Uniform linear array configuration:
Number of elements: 32
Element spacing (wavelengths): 0.5
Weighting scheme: kaiser
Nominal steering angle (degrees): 45
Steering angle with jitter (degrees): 43.636
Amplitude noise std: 0.05
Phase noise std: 0.05

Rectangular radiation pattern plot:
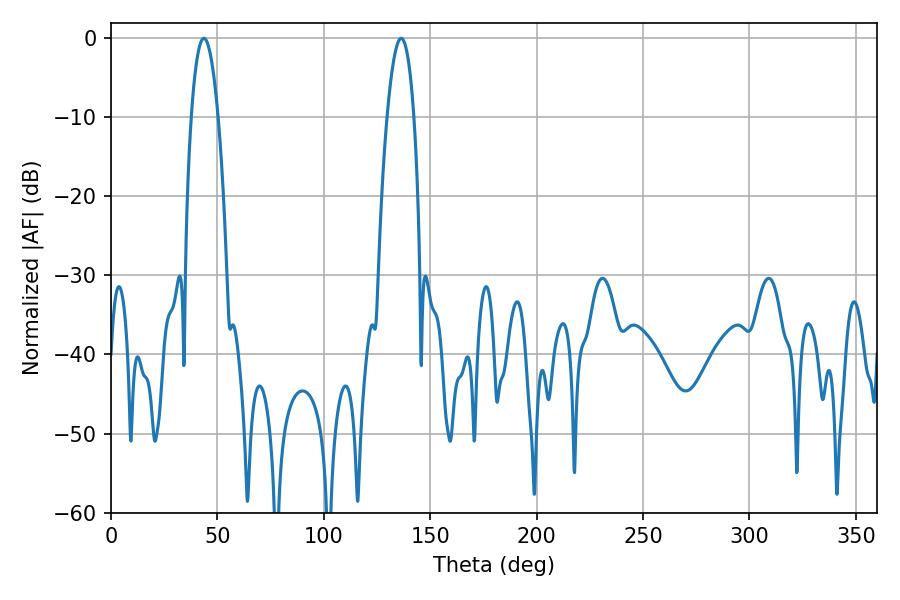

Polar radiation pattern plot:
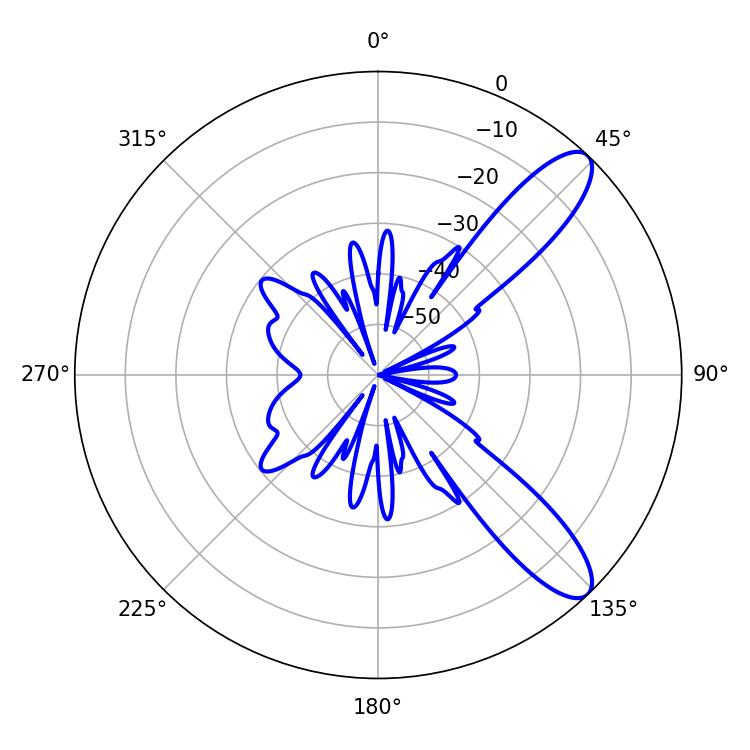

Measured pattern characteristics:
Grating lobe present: FALSE
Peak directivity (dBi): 10.442
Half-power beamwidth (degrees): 6.84
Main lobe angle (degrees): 43.56